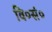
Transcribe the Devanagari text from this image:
वि०सं०